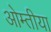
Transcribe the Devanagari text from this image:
ओम्तीया